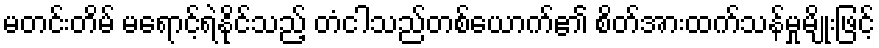
မတင်းတိမ် မရောင့်ရဲနိုင်သည့် တံငါသည်တစ်ယောက်၏ စိတ်အားထက်သန်မှုမျိုးဖြင့်